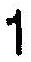
1